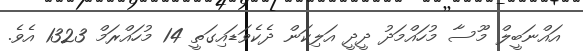
އައްނަބީލް މޫސާ މުހައްމަދު ދީދީ އަލިކަން ދެކެވަޑައިގަތީ 14 މުހައްރަމް 1323 އެވެ.